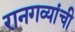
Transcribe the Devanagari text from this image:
रानगव्यांची